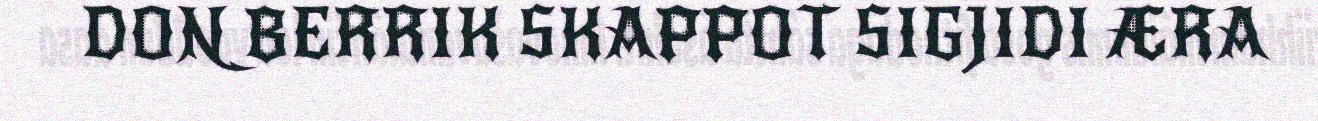
DON BERRIK SKAPPOT SIGJIDI ÆRA